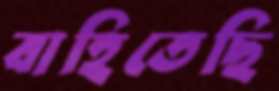
বাহিতেছি